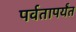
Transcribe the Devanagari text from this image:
पर्वतापर्यंत